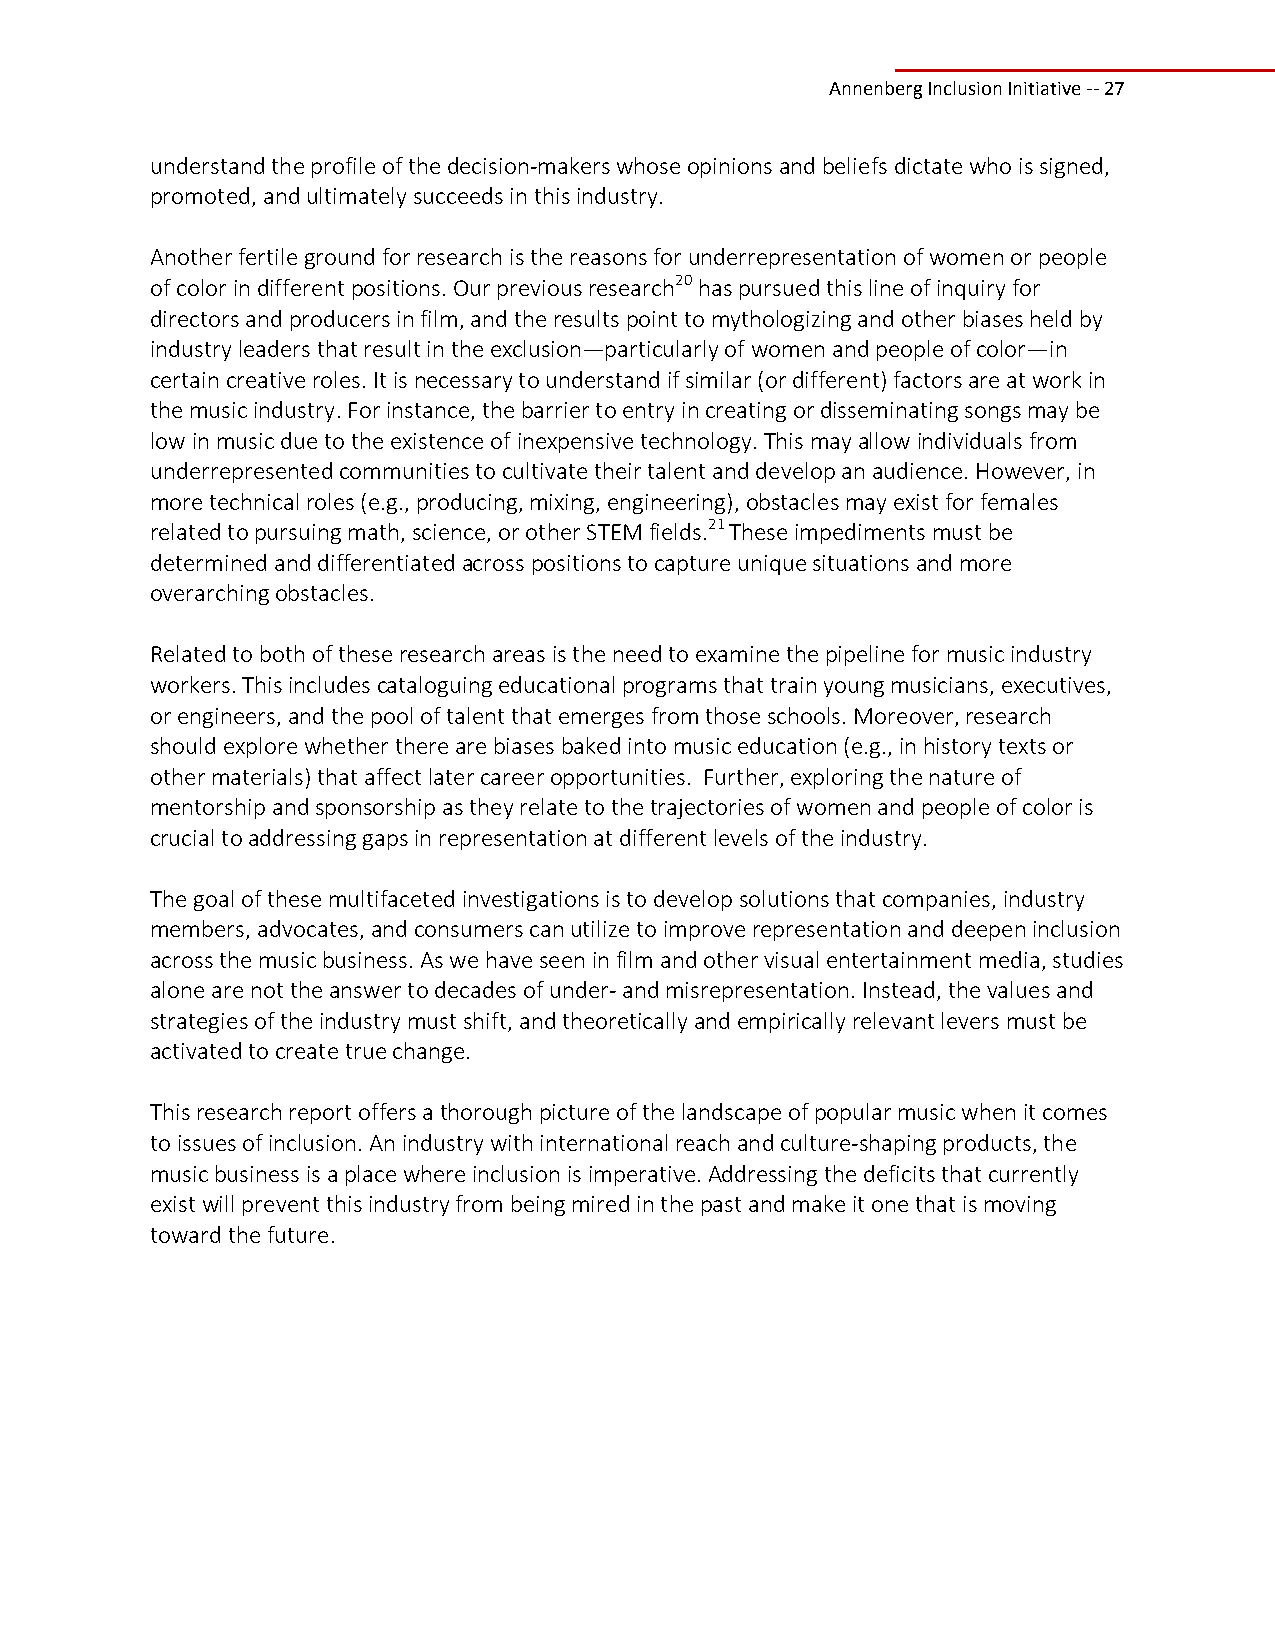
Annenberg Inclusion Initiative ‐‐ 27
 understand the profile of the decision‐makers whose opinions and beliefs dictate who is signed,
 promoted, and ultimately succeeds in this industry.
 Another fertile ground for research is the reasons for underrepresentation of women or people
 of color in different positions. Our previous research20 has pursued this line of inquiry for
 directors and producers in film, and the results point to mythologizing and other biases held by
 industry leaders that result in the exclusion—particularly of women and people of color—in
 certain creative roles. It is necessary to understand if similar (or different) factors are at work in
 the music industry. For instance, the barrier to entry in creating or disseminating songs may be
 low in music due to the existence of inexpensive technology. This may allow individuals from
 underrepresented communities to cultivate their talent and develop an audience. However, in
 more technical roles (e.g., producing, mixing, engineering), obstacles may exist for females
 related to pursuing math, science, or other STEM fields.21 These impediments must be
 determined and differentiated across positions to capture unique situations and more
 overarching obstacles.
 Related to both of these research areas is the need to examine the pipeline for music industry
 workers. This includes cataloguing educational programs that train young musicians, executives,
 or engineers, and the pool of talent that emerges from those schools. Moreover, research
 should explore whether there are biases baked into music education (e.g., in history texts or
 other materials) that affect later career opportunities. Further, exploring the nature of
 mentorship and sponsorship as they relate to the trajectories of women and people of color is
 crucial to addressing gaps in representation at different levels of the industry.
 The goal of these multifaceted investigations is to develop solutions that companies, industry
 members, advocates, and consumers can utilize to improve representation and deepen inclusion
 across the music business. As we have seen in film and other visual entertainment media, studies
 alone are not the answer to decades of under‐ and misrepresentation. Instead, the values and
 strategies of the industry must shift, and theoretically and empirically relevant levers must be
 activated to create true change.
 This research report offers a thorough picture of the landscape of popular music when it comes
 to issues of inclusion. An industry with international reach and culture‐shaping products, the
 music business is a place where inclusion is imperative. Addressing the deficits that currently
 exist will prevent this industry from being mired in the past and make it one that is moving
 toward the future.